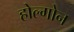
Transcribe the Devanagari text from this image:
होल्गोन